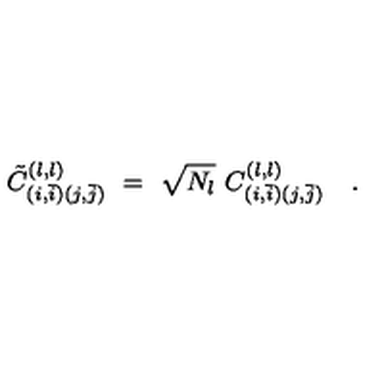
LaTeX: { { \tilde { C } } _ { ( i , \bar { i } ) ( j , \bar { j } ) } } ^ { ( l , l ) } \ = \ { \sqrt { N _ { l } } \ C _ { ( i , \bar { i } ) ( j , \bar { j } ) } ^ { ( l , l ) } } \quad .